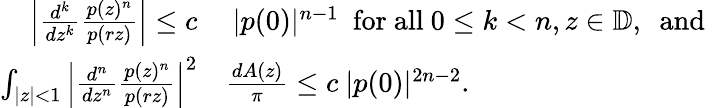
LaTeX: \begin{array}{rl}{\left|\frac{d^{k}}{dz^{k}}\frac{p(z)^{n}}{p(rz)}\right|\le c}&{\ |p(0)|^{n-1}\ \mathrm{~for~all~}0\le k<n,z\in\mathbb{D},\ \mathrm{~and~}}\\ {\int_{|z|<1}\left|\frac{d^{n}}{dz^{n}}\frac{p(z)^{n}}{p(rz)}\right|^{2}}&{\frac{dA(z)}{\pi}\le c\ |p(0)|^{2n-2}.}\end{array}